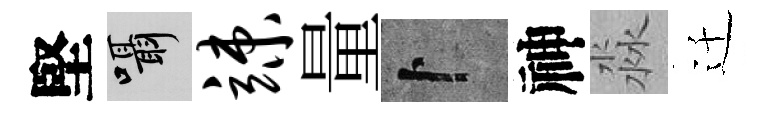
堅囁竦量卜神淼迁